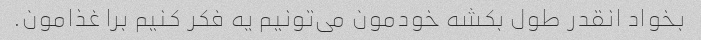
بخواد انقدر طول بکشه خودمون می‌تونیم یه فکر کنیم برا غذامون.